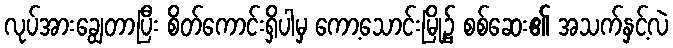
လုပ်အားချွေတာပြီး စိတ်ကောင်းရှိပါမှ ကော့သောင်းမြို့၌ စစ်ဆေး၏ အသက်နှင့်လဲ